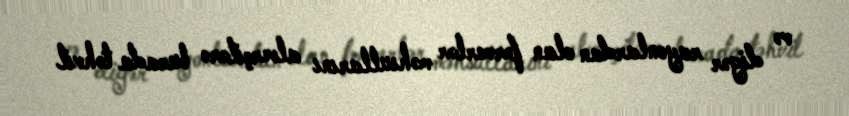
və digər rayonlardan olan fermerlər məhsullarını alverçilərə burada təhvil